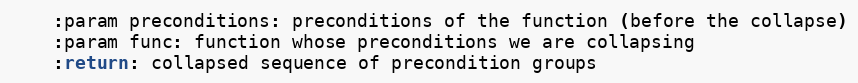
Language: Python
    :param preconditions: preconditions of the function (before the collapse)
    :param func: function whose preconditions we are collapsing
    :return: collapsed sequence of precondition groups